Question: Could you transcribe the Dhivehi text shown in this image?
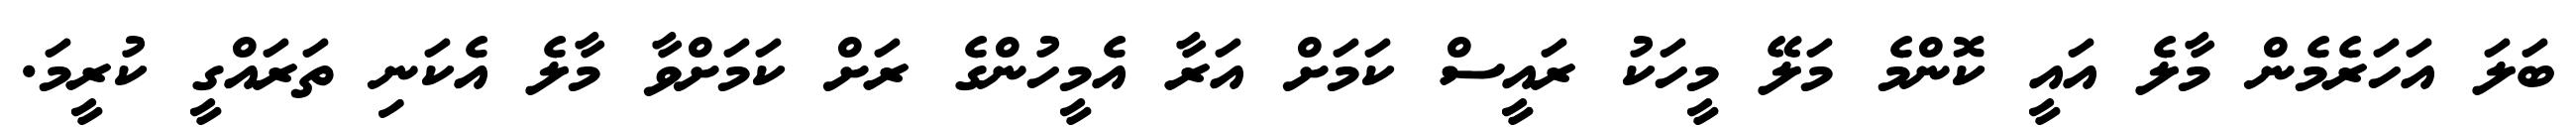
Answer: ބަލަ އަހަރެމެން މާލެ އައީ ކޮންމެ މަލޭ މީހަކު ރައީސް ކަމަށް އަރާ އެމީހުންގެ ރަށް ކަމަށްވާ މާލެ އެކަނި ތަރައްގީ ކުރީމަ.